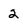
Character: 2